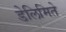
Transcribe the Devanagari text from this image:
डेलिमिते